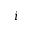
i